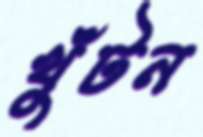
খুঁটন